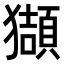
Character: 𤢺